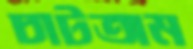
চাটতাম